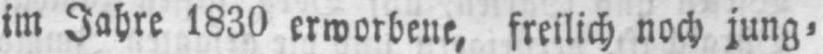
im Jahre 1830 erworbene, freilich noch jung⸗